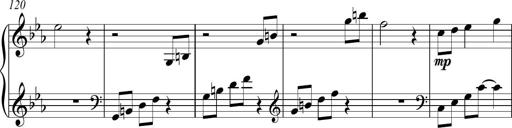
Title: Piano Sonatina in C
Composer: Daniel LÃ©o Simpson
Key: C major